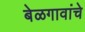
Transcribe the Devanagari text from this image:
बेळगावांचे